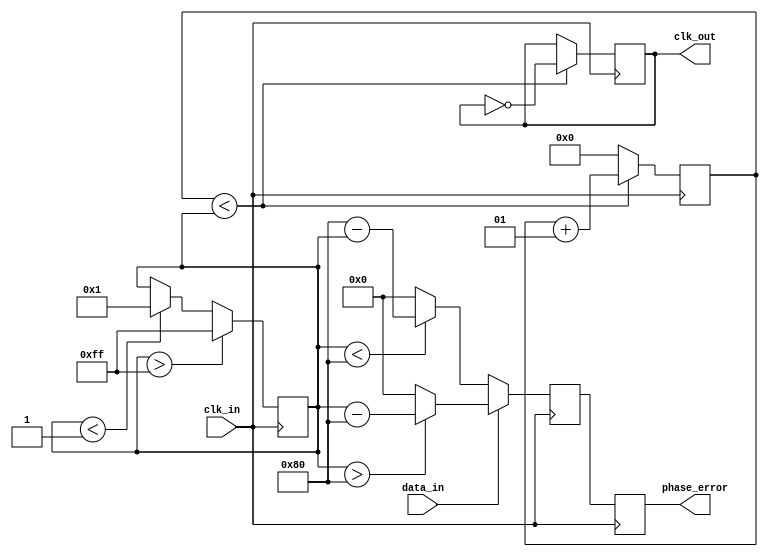
module ClockRecoveryPLL (
    input wire clk_in,          // Input data clock
    input wire data_in,         // Input data signal
    output reg clk_out,         // Output recovered clock
    output reg [7:0] phase_error // Phase error output for debugging
);

    // Parameters
    parameter N = 8;            // Number of samples for phase detection
    parameter LPF_COEFF = 4;    // Low Pass Filter coefficient
    parameter VCO_MAX = 255;     // Max frequency of VCO
    parameter VCO_MIN = 1;       // Min frequency of VCO

    // Internal signals
    reg [7:0] vco_freq = 128;    // Initial VCO frequency
    reg [7:0] phase_detector_out; // Output from Phase Detector
    reg [7:0] lpf_output;         // Output from Low Pass Filter
    reg [N-1:0] data_buffer;      // Buffer for data samples
    integer sample_count = 0;     // Sample counter

    // Phase Detector
    always @(posedge clk_in) begin
        // Simple phase detector logic
        if (data_in) begin
            phase_detector_out <= (vco_freq > 128) ? (vco_freq - 128) : 0; // Example logic
        end else begin
            phase_detector_out <= (vco_freq < 128) ? (128 - vco_freq) : 0; // Example logic
        end
        phase_error <= phase_detector_out;
    end

    // Low Pass Filter
    always @(posedge clk_in) begin
        lpf_output <= (LPF_COEFF * lpf_output + phase_detector_out) / (LPF_COEFF + 1);
    end

    // Voltage-Controlled Oscillator (VCO)
    always @(posedge clk_in) begin
        // Adjust VCO frequency based on LPF output
        vco_freq <= vco_freq + (lpf_output > 128 ? 1 : -1);
        vco_freq <= (vco_freq > VCO_MAX) ? VCO_MAX : ((vco_freq < VCO_MIN) ? VCO_MIN : vco_freq);
    end

    // Output clock generation
    always @(posedge clk_in) begin
        if (sample_count < vco_freq) begin
            clk_out <= ~clk_out; // Toggle output clock
            sample_count <= sample_count + 1;
        end else begin
            sample_count <= 0;
        end
    end

    // Optional Frequency Divider
    // Uncomment if frequency division is required
    // reg [1:0] clk_div_count = 0;
    // always @(posedge clk_out) begin
    //     clk_div_count <= clk_div_count + 1;
    //     if (clk_div_count == 1) begin
    //         clk_out <= ~clk_out; // Divide output clock
    //     end
    // end

endmodule